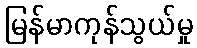
မြန်မာကုန်သွယ်မှု